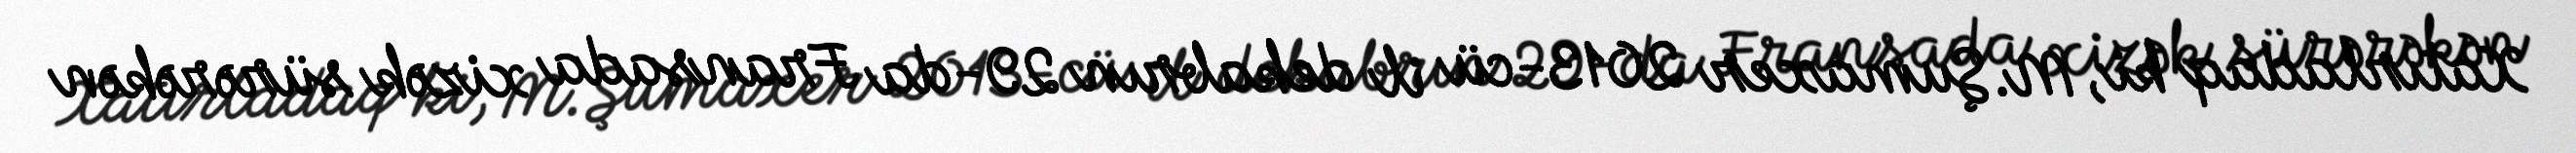
Xatırladaq ki, M.Şumaxer 2013-cü il dekabrın 29-da Fransada xizək sürərəkən